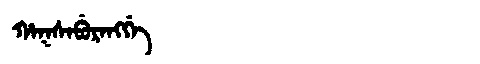
Manchu: ᡥᠠᡴᠰᠠᠪᡠᡵᠠᠩᡤᡝ
Romanization: HAKSABURANGGE